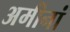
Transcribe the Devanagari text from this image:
अमीनां